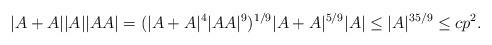
LaTeX: \begin{align*}|A+A||A||AA| = (|A+A|^4|AA|^9)^{1/9}|A+A|^{5/9}|A| \leq |A|^{35/9} \leq cp^2.\end{align*}